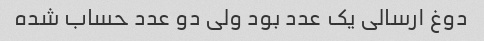
دوغ ارسالی یک عدد بود ولی دو عدد حساب شده